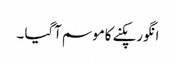
انگورپکنے کاموسم آگیا ۔